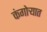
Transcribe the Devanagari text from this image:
कंगोऱ्यात